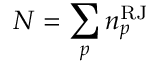
N = \sum _ { p } n _ { p } ^ { \mathrm { R J } }